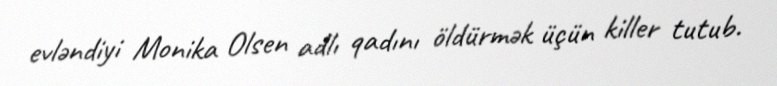
evləndiyi Monika Olsen adlı qadını öldürmək üçün killer tutub.